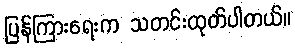
ပြန်ကြားရေးက သတင်းထုတ်ပါတယ်။